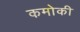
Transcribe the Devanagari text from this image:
कमोकी